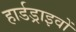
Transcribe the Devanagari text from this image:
हार्डड्राइवों